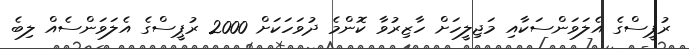
ރުޕީސްގެ އެލަވަންސަކާއި މަޖިލީހަށް ހާޒިރުވާ ކޮންމެ ދުވަހަކަށް 2000 ރުޕީސްގެ އެލަވަންސެއް ލިބެ